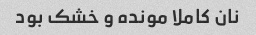
نان کاملا مونده و خشک بود